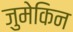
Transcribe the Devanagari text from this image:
जुमेकिन